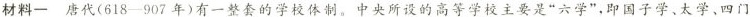
材料一 唐代(618-907年)有一整套的学校体制。中央所设的高等学校主要是”六学”，即国子学、太学、四门